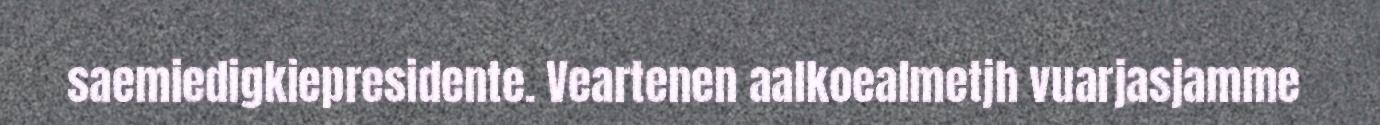
saemiedigkiepresidente. Veartenen aalkoealmetjh vuarjasjamme